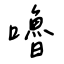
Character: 嚕